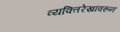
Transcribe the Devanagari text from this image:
व्यक्तिरेखांवरून